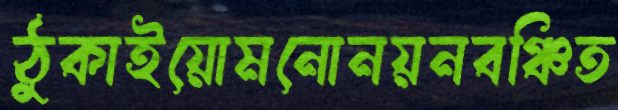
ঠুকাইয়োমনোনয়নবঞ্চিত